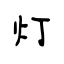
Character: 灯